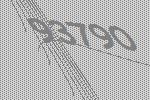
93790